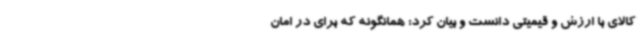
کالای با ارزش و قیمیتی دانست و بیان کرد: همانگونه که برای در امان